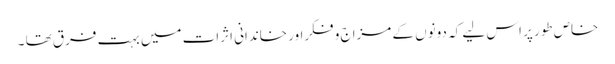
خاص طور پر اس لیے کہ دونوں کے مزاج و فکراور خاندانی اثرات میں بہت فرق تھا ۔